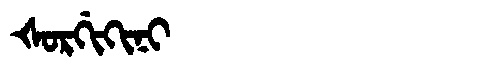
Manchu: ᡧᠣᡵᡤᡳᡴᡳᠨᡳ
Romanization: ŠORGIKINI